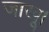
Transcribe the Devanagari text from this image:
जाखू।